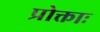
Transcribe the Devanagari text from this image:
प्रोक्ताः